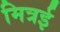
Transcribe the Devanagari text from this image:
मित्रई